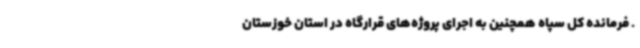
. فرمانده کل سپاه همچنین به اجرای پروژه‌های قرارگاه در استان خوزستان